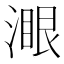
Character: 𣼹